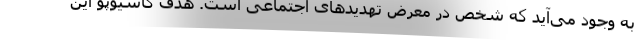
به وجود می‌آید که شخص در معرض تهدیدهای اجتماعی است. هدف کاسیوپو این